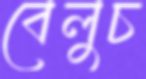
বেলুচ